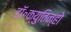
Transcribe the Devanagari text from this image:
डॉ॰क्युतिन्हो